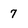
Character: 7